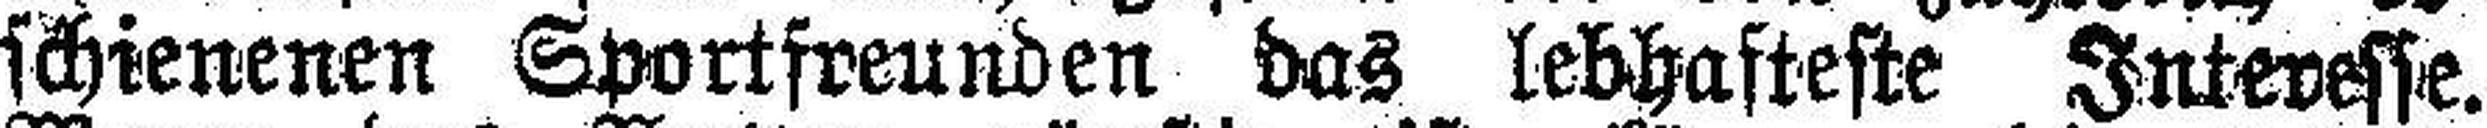
schienenen Sportfreunden das lebhafteste Interesse.